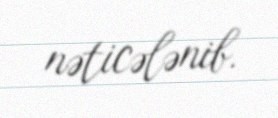
nəticələnib.